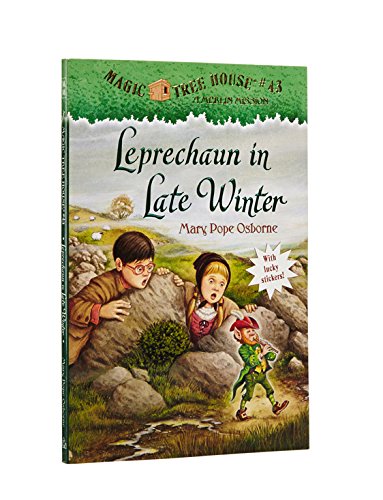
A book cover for Magic Tree House #43: Leprechaun in Late Winter (A Stepping Stone Book(TM)); Mary Pope Osborne; Children's Books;